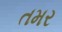
તમર